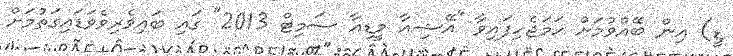
ޑީ) އިން ބޭއްވުމަށް ހަމަޖެހިފައިވާ "އޭޝިއާ މީޑިއާ ސަމިޓް 2013" ގައި ބައިވެރިވެވަޑައިގަތުމަށް